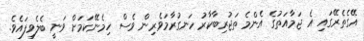
އޭގެތެރޭގައި އެ ޖަމާއަތުގެ އެންމެ ތަޖުރިބާކާރު ހަނގުރާމަވެރިން ވެސް ހިމެނޭކަމަށް ވަނީ ބެލެވިފައެވެ.